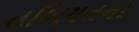
તબિયતના